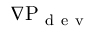
\boldsymbol { \nabla } \mathrm { P } _ { \mathrm { ~ d ~ e ~ v ~ } }